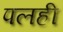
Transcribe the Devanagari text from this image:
पलही